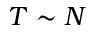
T \sim N